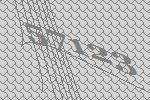
57123